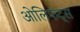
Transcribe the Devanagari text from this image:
ओलिफंट्स